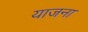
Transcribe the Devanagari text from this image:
याजना